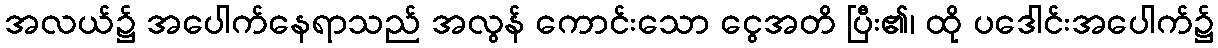
အလယ်၌ အပေါက်နေရာသည် အလွန် ကောင်းသော ငွေအတိ ပြီး၏၊ ထို ပဒေါင်းအပေါက်၌